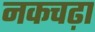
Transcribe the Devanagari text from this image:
नकचढ़ा